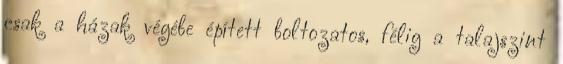
csak a házak végébe épített boltozatos, félig a talajszint